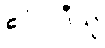
ဧဝံဝါဒီသု